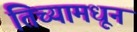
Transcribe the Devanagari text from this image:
तिच्यामधून